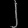
Digit: ၂